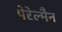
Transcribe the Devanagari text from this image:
पेरेल्मैन